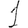
Digit: 1